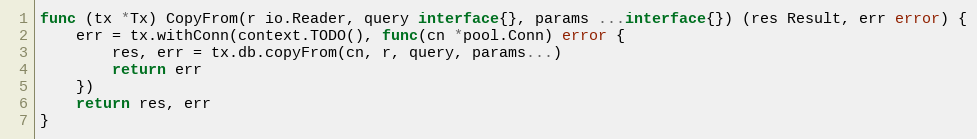
Language: Go
func (tx *Tx) CopyFrom(r io.Reader, query interface{}, params ...interface{}) (res Result, err error) {
	err = tx.withConn(context.TODO(), func(cn *pool.Conn) error {
		res, err = tx.db.copyFrom(cn, r, query, params...)
		return err
	})
	return res, err
}